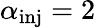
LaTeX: \alpha_{\mathrm{inj}}=2